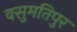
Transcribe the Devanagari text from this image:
वसुमतिपुर